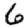
Digit: 6